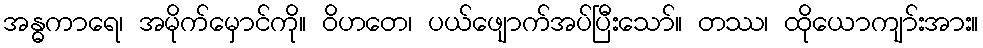
အန္ဓကာရေ၊ အမိုက်မှောင်ကို။ ဝိဟတေ၊ ပယ်ဖျောက်အပ်ပြီးသော်။ တဿ၊ ထိုယောကျာ်းအား။